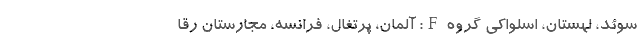
سوئد، لهستان، اسلواکی گروه F: آلمان، پرتغال، فرانسه، مجارستان رقا